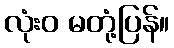
လုံးဝ မတုံ့ပြန်။